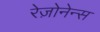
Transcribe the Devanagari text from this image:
रेज़ोनेन्स